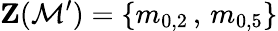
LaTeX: \textbf{Z}(\mathcal{M}^{\prime})=\{ m_{0,2}\, ,\, m_{0,5}\}